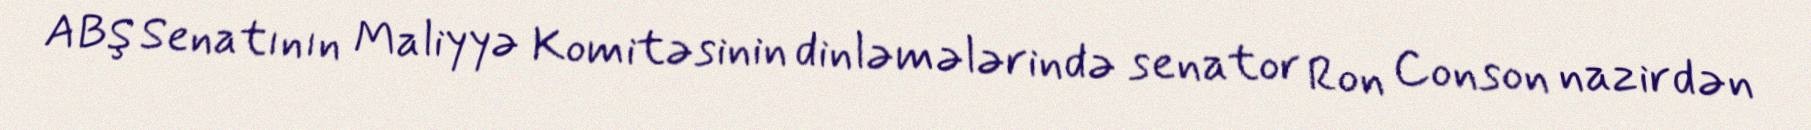
ABŞ Senatının Maliyyə Komitəsinin dinləmələrində senator Ron Conson nazirdən